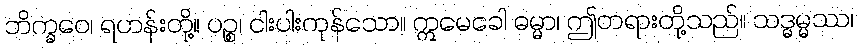
ဘိက္ခဝေ၊ ရဟန်းတို့။ ပဉ္စ၊ ငါးပါးကုန်သော။ ဣမေခေါ ဓမ္မာ၊ ဤတရားတို့သည်။ သဒ္ဓမ္မဿ၊